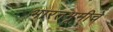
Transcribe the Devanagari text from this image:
भारतभूमीचे